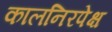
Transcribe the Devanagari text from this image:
कालनिरपेक्ष